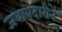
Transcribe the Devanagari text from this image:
जबाबदारीनें